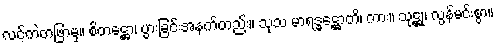
လင့်ကဲတဖြာမှ။ စိတဋ္ဌော၊ ပွားခြင်းအနက်တည်း။ သုသ မာရဒ္ဓဋ္ဌောတိ၊ ကား။ သုဋ္ဌု၊ လွန်မင်းစွာ။